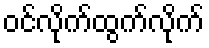
ဝင်လိုက်ထွက်လိုက်